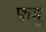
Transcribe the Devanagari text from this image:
फ़यू